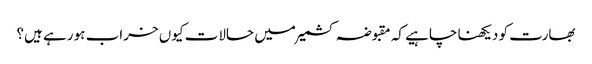
بھارت کو دیکھنا چاہیے کہ مقبوضہ کشمیر میں حالات کیوں خراب ہو رہے ہیں؟